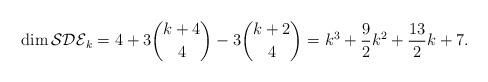
LaTeX: \begin{align*}\dim \mathcal{SDE}_k = 4+3 \binom{k+4}{4}-3 \binom{k+2}{4} = k^3+\frac{9}{2} k^2+\frac{13}{2} k+7.\end{align*}